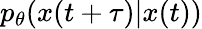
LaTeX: p_{\theta}(x(t+\tau)|x(t))